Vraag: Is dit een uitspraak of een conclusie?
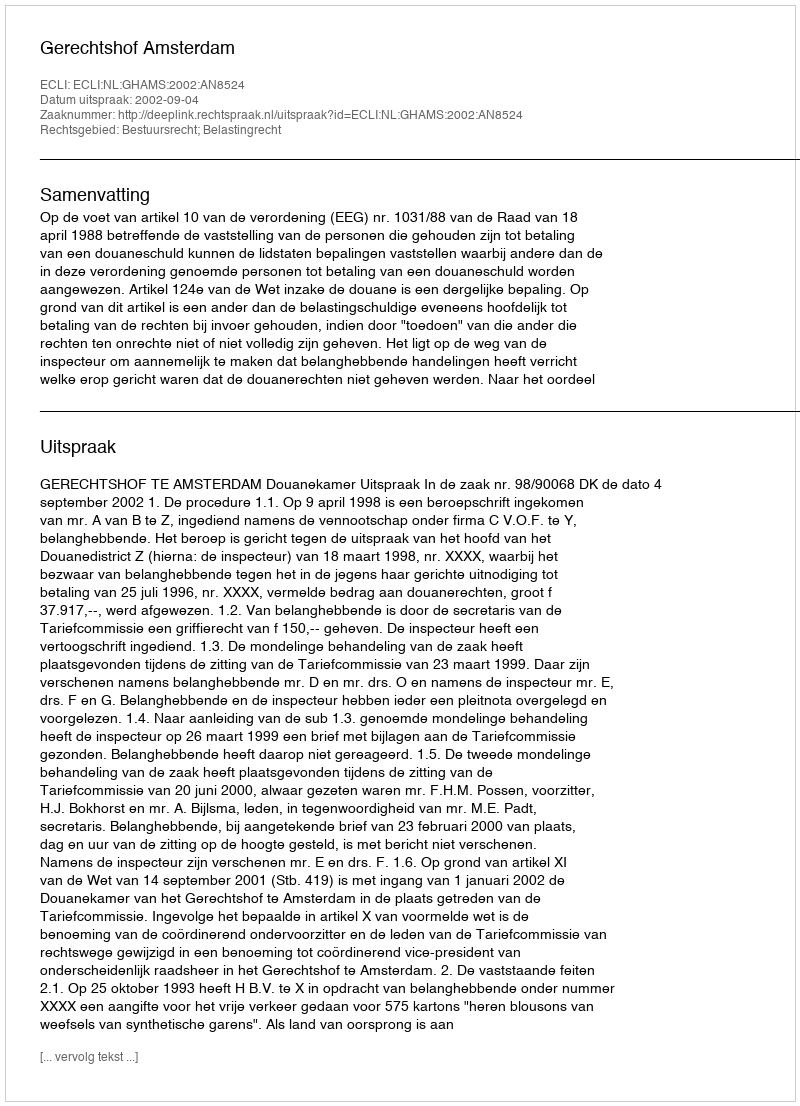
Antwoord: Uitspraak